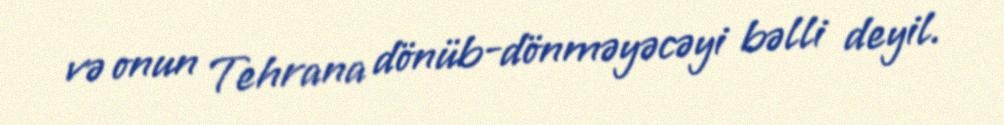
və onun Tehrana dönüb-dönməyəcəyi bəlli deyil.